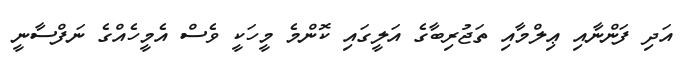
އަދި ފަންނާއި ޢިލްމާއި ތަޖުރިބާގެ އަލީގައި ކޮންމެ މީހަކީ ވެސް އެމީހެއްގެ ނަފްސާނީ